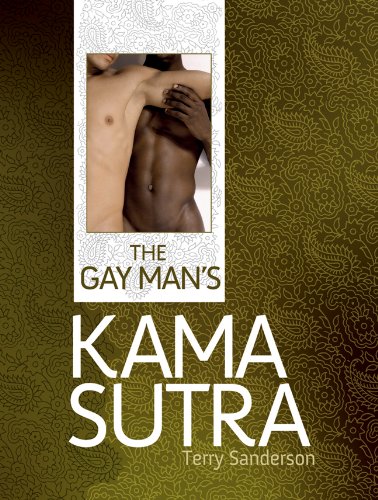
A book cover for The Gay Man's Kama Sutra; Terry Sanderson; Gay & Lesbian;